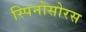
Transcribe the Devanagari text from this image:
स्‍पिनोसोरस